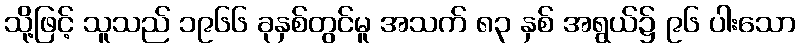
သို့ဖြင့် သူသည် ၁၉၆၆ ခုနှစ်တွင်မူ အသက် ၈၃ နှစ် အရွယ်၌ ၉၆ ပါးသော